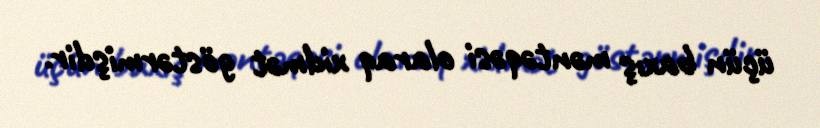
üçün baxış məntəqəsi olaraq xidmət göstərmişdir.